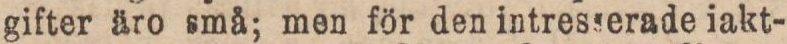
gifter äro små; men för den intresserade iakt-